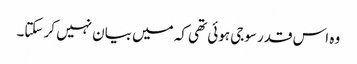
وہ اس قدر سوجی ہوئی تھی کہ میں بیان نہیں کر سکتا۔